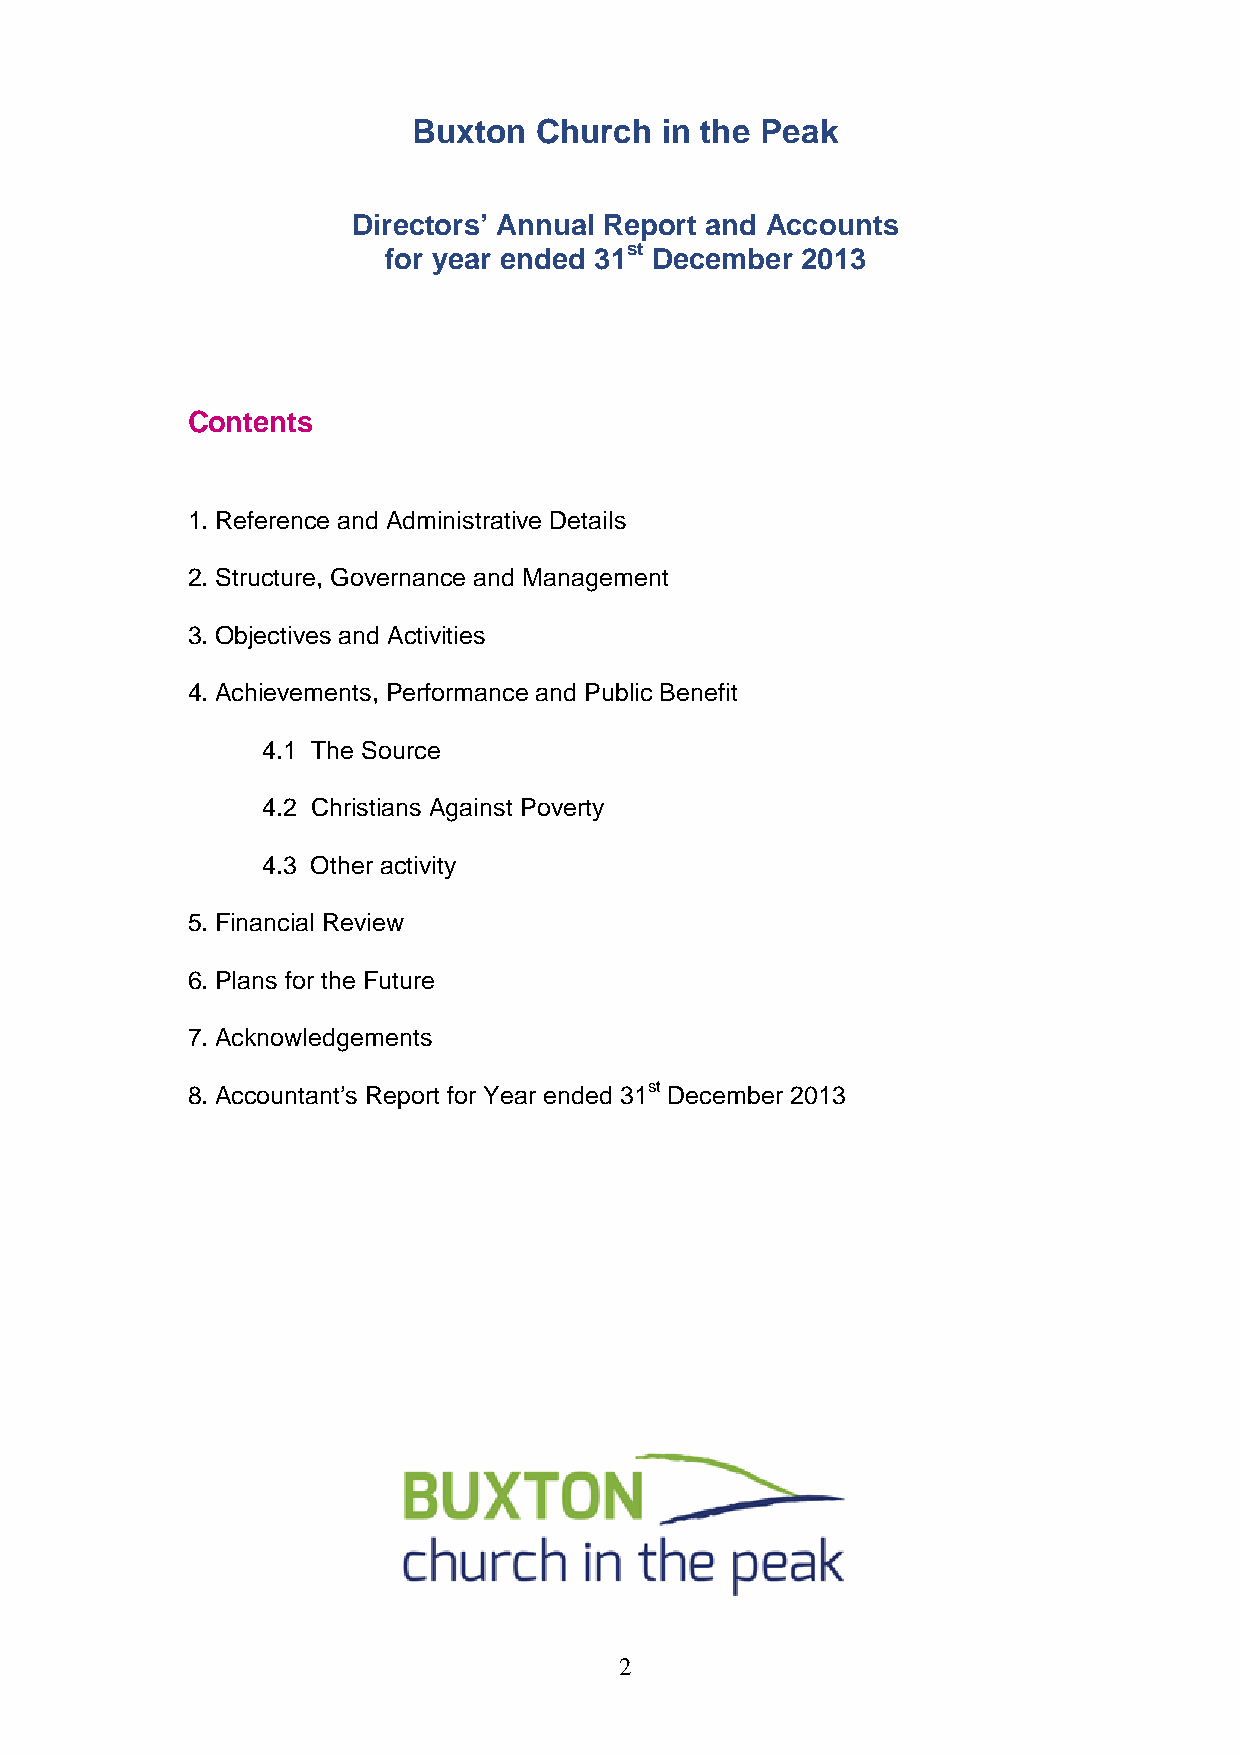
Buxton   Church  in the Peak
 Directors’ Annual Report and Accounts
 for year ended 31st December 2013
 Contents
 1. Reference and Administrative Details
 2. Structure, Governance and Management
 3. Objectives and Activities
 4. Achievements, Performance and Public Benefit
 4.1 The Source
 4.2 Christians Against Poverty
 4.3 Other activity
 5. Financial Review
 6. Plans for the Future
 7. Acknowledgements
 8. Accountant’s Report for Year ended 31st December 2013
 2